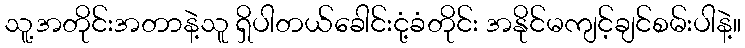
သူ့အတိုင်းအတာနဲ့သူ ရှိပါတယ်ခေါင်းငုံ့ခံတိုင်း အနိုင်မကျင့်ချင်စမ်းပါနဲ့။